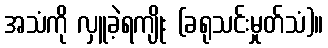
အသံကို လှူခဲ့ရကျိုး (ခရုသင်းမှုတ်သံ)။